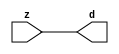

//------> ./rtl_mgc_ioport.v 
//------------------------------------------------------------------
//                M G C _ I O P O R T _ C O M P S
//------------------------------------------------------------------

//------------------------------------------------------------------
//                       M O D U L E S
//------------------------------------------------------------------

//------------------------------------------------------------------
//-- INPUT ENTITIES
//------------------------------------------------------------------

module mgc_in_wire (d, z);

  parameter integer rscid = 1;
  parameter integer width = 8;

  output [width-1:0] d;
  input  [width-1:0] z;

  wire   [width-1:0] d;

  assign d = z;

endmodule

//------------------------------------------------------------------

module mgc_in_wire_en (ld, d, lz, z);

  parameter integer rscid = 1;
  parameter integer width = 8;

  input              ld;
  output [width-1:0] d;
  output             lz;
  input  [width-1:0] z;

  wire   [width-1:0] d;
  wire               lz;

  assign d = z;
  assign lz = ld;

endmodule

//------------------------------------------------------------------

module mgc_in_wire_wait (ld, vd, d, lz, vz, z);

  parameter integer rscid = 1;
  parameter integer width = 8;

  input              ld;
  output             vd;
  output [width-1:0] d;
  output             lz;
  input              vz;
  input  [width-1:0] z;

  wire               vd;
  wire   [width-1:0] d;
  wire               lz;

  assign d = z;
  assign lz = ld;
  assign vd = vz;

endmodule
//------------------------------------------------------------------

module mgc_chan_in (ld, vd, d, lz, vz, z, size, req_size, sizez, sizelz);

  parameter integer rscid = 1;
  parameter integer width = 8;
  parameter integer sz_width = 8;

  input              ld;
  output             vd;
  output [width-1:0] d;
  output             lz;
  input              vz;
  input  [width-1:0] z;
  output [sz_width-1:0] size;
  input              req_size;
  input  [sz_width-1:0] sizez;
  output             sizelz;


  wire               vd;
  wire   [width-1:0] d;
  wire               lz;
  wire   [sz_width-1:0] size;
  wire               sizelz;

  assign d = z;
  assign lz = ld;
  assign vd = vz;
  assign size = sizez;
  assign sizelz = req_size;

endmodule


//------------------------------------------------------------------
//-- OUTPUT ENTITIES
//------------------------------------------------------------------

module mgc_out_stdreg (d, z);

  parameter integer rscid = 1;
  parameter integer width = 8;

  input    [width-1:0] d;
  output   [width-1:0] z;

  wire     [width-1:0] z;

  assign z = d;

endmodule

//------------------------------------------------------------------

module mgc_out_stdreg_en (ld, d, lz, z);

  parameter integer rscid = 1;
  parameter integer width = 8;

  input              ld;
  input  [width-1:0] d;
  output             lz;
  output [width-1:0] z;

  wire               lz;
  wire   [width-1:0] z;

  assign z = d;
  assign lz = ld;

endmodule

//------------------------------------------------------------------

module mgc_out_stdreg_wait (ld, vd, d, lz, vz, z);

  parameter integer rscid = 1;
  parameter integer width = 8;

  input              ld;
  output             vd;
  input  [width-1:0] d;
  output             lz;
  input              vz;
  output [width-1:0] z;

  wire               vd;
  wire               lz;
  wire   [width-1:0] z;

  assign z = d;
  assign lz = ld;
  assign vd = vz;

endmodule

//------------------------------------------------------------------

module mgc_out_prereg_en (ld, d, lz, z);

    parameter integer rscid = 1;
    parameter integer width = 8;

    input              ld;
    input  [width-1:0] d;
    output             lz;
    output [width-1:0] z;

    wire               lz;
    wire   [width-1:0] z;

    assign z = d;
    assign lz = ld;

endmodule

//------------------------------------------------------------------
//-- INOUT ENTITIES
//------------------------------------------------------------------

module mgc_inout_stdreg_en (ldin, din, ldout, dout, lzin, lzout, z);

    parameter integer rscid = 1;
    parameter integer width = 8;

    input              ldin;
    output [width-1:0] din;
    input              ldout;
    input  [width-1:0] dout;
    output             lzin;
    output             lzout;
    inout  [width-1:0] z;

    wire   [width-1:0] din;
    wire               lzin;
    wire               lzout;
    wire   [width-1:0] z;

    assign lzin = ldin;
    assign din = ldin ? z : {width{1'bz}};
    assign lzout = ldout;
    assign z = ldout ? dout : {width{1'bz}};

endmodule

//------------------------------------------------------------------
module hid_tribuf( I_SIG, ENABLE, O_SIG);
  parameter integer width = 8;

  input [width-1:0] I_SIG;
  input ENABLE;
  inout [width-1:0] O_SIG;

  assign O_SIG = (ENABLE) ? I_SIG : { width{1'bz}};

endmodule
//------------------------------------------------------------------

module mgc_inout_stdreg_wait (ldin, vdin, din, ldout, vdout, dout, lzin, vzin, lzout, vzout, z);

    parameter integer rscid = 1;
    parameter integer width = 8;

    input              ldin;
    output             vdin;
    output [width-1:0] din;
    input              ldout;
    output             vdout;
    input  [width-1:0] dout;
    output             lzin;
    input              vzin;
    output             lzout;
    input              vzout;
    inout  [width-1:0] z;

    wire               vdin;
    wire   [width-1:0] din;
    wire               vdout;
    wire               lzin;
    wire               lzout;
    wire   [width-1:0] z;
    wire   ldout_and_vzout;

    assign lzin = ldin;
    assign vdin = vzin;
    assign din = ldin ? z : {width{1'bz}};
    assign lzout = ldout;
    assign vdout = vzout ;
    assign ldout_and_vzout = ldout && vzout ;

    hid_tribuf #(width) tb( .I_SIG(dout),
                            .ENABLE(ldout_and_vzout),
                            .O_SIG(z) );

endmodule

//------------------------------------------------------------------

module mgc_inout_buf_wait (clk, en, arst, srst, ldin, vdin, din, ldout, vdout, dout, lzin, vzin, lzout, vzout, z);

    parameter integer rscid   = 0; // resource ID
    parameter integer width   = 8; // fifo width
    parameter         ph_clk  =  1'b1; // clock polarity 1=rising edge, 0=falling edge
    parameter         ph_en   =  1'b1; // clock enable polarity
    parameter         ph_arst =  1'b1; // async reset polarity
    parameter         ph_srst =  1'b1; // sync reset polarity

    input              clk;
    input              en;
    input              arst;
    input              srst;
    input              ldin;
    output             vdin;
    output [width-1:0] din;
    input              ldout;
    output             vdout;
    input  [width-1:0] dout;
    output             lzin;
    input              vzin;
    output             lzout;
    input              vzout;
    inout  [width-1:0] z;

    wire               lzout_buf;
    wire               vzout_buf;
    wire   [width-1:0] z_buf;
    wire               vdin;
    wire   [width-1:0] din;
    wire               vdout;
    wire               lzin;
    wire               lzout;
    wire   [width-1:0] z;

    assign lzin = ldin;
    assign vdin = vzin;
    assign din = ldin ? z : {width{1'bz}};
    assign lzout = lzout_buf & ~ldin;
    assign vzout_buf = vzout & ~ldin;
    hid_tribuf #(width) tb( .I_SIG(z_buf),
                            .ENABLE((lzout_buf && (!ldin) && vzout) ),
                            .O_SIG(z)  );

    mgc_out_buf_wait
    #(
        .rscid   (rscid),
        .width   (width),
        .ph_clk  (ph_clk),
        .ph_en   (ph_en),
        .ph_arst (ph_arst),
        .ph_srst (ph_srst)
    )
    BUFF
    (
        .clk     (clk),
        .en      (en),
        .arst    (arst),
        .srst    (srst),
        .ld      (ldout),
        .vd      (vdout),
        .d       (dout),
        .lz      (lzout_buf),
        .vz      (vzout_buf),
        .z       (z_buf)
    );


endmodule

module mgc_inout_fifo_wait (clk, en, arst, srst, ldin, vdin, din, ldout, vdout, dout, lzin, vzin, lzout, vzout, z);

    parameter integer rscid   = 0; // resource ID
    parameter integer width   = 8; // fifo width
    parameter integer fifo_sz = 8; // fifo depth
    parameter         ph_clk  = 1'b1;  // clock polarity 1=rising edge, 0=falling edge
    parameter         ph_en   = 1'b1;  // clock enable polarity
    parameter         ph_arst = 1'b1;  // async reset polarity
    parameter         ph_srst = 1'b1;  // sync reset polarity
    parameter integer ph_log2 = 3;     // log2(fifo_sz)
    parameter integer pwropt  = 0;     // pwropt

    input              clk;
    input              en;
    input              arst;
    input              srst;
    input              ldin;
    output             vdin;
    output [width-1:0] din;
    input              ldout;
    output             vdout;
    input  [width-1:0] dout;
    output             lzin;
    input              vzin;
    output             lzout;
    input              vzout;
    inout  [width-1:0] z;

    wire               lzout_buf;
    wire               vzout_buf;
    wire   [width-1:0] z_buf;
    wire               comb;
    wire               vdin;
    wire   [width-1:0] din;
    wire               vdout;
    wire               lzin;
    wire               lzout;
    wire   [width-1:0] z;

    assign lzin = ldin;
    assign vdin = vzin;
    assign din = ldin ? z : {width{1'bz}};
    assign lzout = lzout_buf & ~ldin;
    assign vzout_buf = vzout & ~ldin;
    assign comb = (lzout_buf && (!ldin) && vzout);

    hid_tribuf #(width) tb2( .I_SIG(z_buf), .ENABLE(comb), .O_SIG(z)  );

    mgc_out_fifo_wait
    #(
        .rscid   (rscid),
        .width   (width),
        .fifo_sz (fifo_sz),
        .ph_clk  (ph_clk),
        .ph_en   (ph_en),
        .ph_arst (ph_arst),
        .ph_srst (ph_srst),
        .ph_log2 (ph_log2),
        .pwropt  (pwropt)
    )
    FIFO
    (
        .clk   (clk),
        .en      (en),
        .arst    (arst),
        .srst    (srst),
        .ld      (ldout),
        .vd      (vdout),
        .d       (dout),
        .lz      (lzout_buf),
        .vz      (vzout_buf),
        .z       (z_buf)
    );

endmodule

//------------------------------------------------------------------
//-- I/O SYNCHRONIZATION ENTITIES
//------------------------------------------------------------------

module mgc_io_sync (ld, lz);

    input  ld;
    output lz;

    assign lz = ld;

endmodule

module mgc_bsync_rdy (rd, rz);

    parameter integer rscid   = 0; // resource ID
    parameter ready = 1;
    parameter valid = 0;

    input  rd;
    output rz;

    wire   rz;

    assign rz = rd;

endmodule

module mgc_bsync_vld (vd, vz);

    parameter integer rscid   = 0; // resource ID
    parameter ready = 0;
    parameter valid = 1;

    output vd;
    input  vz;

    wire   vd;

    assign vd = vz;

endmodule

module mgc_bsync_rv (rd, vd, rz, vz);

    parameter integer rscid   = 0; // resource ID
    parameter ready = 1;
    parameter valid = 1;

    input  rd;
    output vd;
    output rz;
    input  vz;

    wire   vd;
    wire   rz;

    assign rz = rd;
    assign vd = vz;

endmodule

//------------------------------------------------------------------

module mgc_sync (ldin, vdin, ldout, vdout);

  input  ldin;
  output vdin;
  input  ldout;
  output vdout;

  wire   vdin;
  wire   vdout;

  assign vdin = ldout;
  assign vdout = ldin;

endmodule

///////////////////////////////////////////////////////////////////////////////
// dummy function used to preserve funccalls for modulario
// it looks like a memory read to the caller
///////////////////////////////////////////////////////////////////////////////
module funccall_inout (d, ad, bd, z, az, bz);

  parameter integer ram_id = 1;
  parameter integer width = 8;
  parameter integer addr_width = 8;

  output [width-1:0]       d;
  input  [addr_width-1:0]  ad;
  input                    bd;
  input  [width-1:0]       z;
  output [addr_width-1:0]  az;
  output                   bz;

  wire   [width-1:0]       d;
  wire   [addr_width-1:0]  az;
  wire                     bz;

  assign d  = z;
  assign az = ad;
  assign bz = bd;

endmodule


///////////////////////////////////////////////////////////////////////////////
// inlinable modular io not otherwise found in mgc_ioport
///////////////////////////////////////////////////////////////////////////////

module modulario_en_in (vd, d, vz, z);

  parameter integer rscid = 1;
  parameter integer width = 8;

  output             vd;
  output [width-1:0] d;
  input              vz;
  input  [width-1:0] z;

  wire   [width-1:0] d;
  wire               vd;

  assign d = z;
  assign vd = vz;

endmodule

//------> ./rtl_mgc_ioport_v2001.v 
//------------------------------------------------------------------

module mgc_out_reg_pos (clk, en, arst, srst, ld, d, lz, z);

    parameter integer rscid   = 1;
    parameter integer width   = 8;
    parameter         ph_en   =  1'b1;
    parameter         ph_arst =  1'b1;
    parameter         ph_srst =  1'b1;

    input              clk;
    input              en;
    input              arst;
    input              srst;
    input              ld;
    input  [width-1:0] d;
    output             lz;
    output [width-1:0] z;

    reg                lz;
    reg    [width-1:0] z;

    generate
    if (ph_arst == 1'b0)
    begin: NEG_ARST
        always @(posedge clk or negedge arst)
        if (arst == 1'b0)
        begin: B1
            lz <= 1'b0;
            z  <= {width{1'b0}};
        end
        else if (srst == ph_srst)
        begin: B2
            lz <= 1'b0;
            z  <= {width{1'b0}};
        end
        else if (en == ph_en)
        begin: B3
            lz <= ld;
            z  <= (ld) ? d : z;
        end
    end
    else
    begin: POS_ARST
        always @(posedge clk or posedge arst)
        if (arst == 1'b1)
        begin: B1
            lz <= 1'b0;
            z  <= {width{1'b0}};
        end
        else if (srst == ph_srst)
        begin: B2
            lz <= 1'b0;
            z  <= {width{1'b0}};
        end
        else if (en == ph_en)
        begin: B3
            lz <= ld;
            z  <= (ld) ? d : z;
        end
    end
    endgenerate

endmodule

//------------------------------------------------------------------

module mgc_out_reg_neg (clk, en, arst, srst, ld, d, lz, z);

    parameter integer rscid   = 1;
    parameter integer width   = 8;
    parameter         ph_en   =  1'b1;
    parameter         ph_arst =  1'b1;
    parameter         ph_srst =  1'b1;

    input              clk;
    input              en;
    input              arst;
    input              srst;
    input              ld;
    input  [width-1:0] d;
    output             lz;
    output [width-1:0] z;

    reg                lz;
    reg    [width-1:0] z;

    generate
    if (ph_arst == 1'b0)
    begin: NEG_ARST
        always @(negedge clk or negedge arst)
        if (arst == 1'b0)
        begin: B1
            lz <= 1'b0;
            z  <= {width{1'b0}};
        end
        else if (srst == ph_srst)
        begin: B2
            lz <= 1'b0;
            z  <= {width{1'b0}};
        end
        else if (en == ph_en)
        begin: B3
            lz <= ld;
            z  <= (ld) ? d : z;
        end
    end
    else
    begin: POS_ARST
        always @(negedge clk or posedge arst)
        if (arst == 1'b1)
        begin: B1
            lz <= 1'b0;
            z  <= {width{1'b0}};
        end
        else if (srst == ph_srst)
        begin: B2
            lz <= 1'b0;
            z  <= {width{1'b0}};
        end
        else if (en == ph_en)
        begin: B3
            lz <= ld;
            z  <= (ld) ? d : z;
        end
    end
    endgenerate

endmodule

//------------------------------------------------------------------

module mgc_out_reg (clk, en, arst, srst, ld, d, lz, z); // Not Supported

    parameter integer rscid   = 1;
    parameter integer width   = 8;
    parameter         ph_clk  =  1'b1;
    parameter         ph_en   =  1'b1;
    parameter         ph_arst =  1'b1;
    parameter         ph_srst =  1'b1;

    input              clk;
    input              en;
    input              arst;
    input              srst;
    input              ld;
    input  [width-1:0] d;
    output             lz;
    output [width-1:0] z;


    generate
    if (ph_clk == 1'b0)
    begin: NEG_EDGE

        mgc_out_reg_neg
        #(
            .rscid   (rscid),
            .width   (width),
            .ph_en   (ph_en),
            .ph_arst (ph_arst),
            .ph_srst (ph_srst)
        )
        mgc_out_reg_neg_inst
        (
            .clk     (clk),
            .en      (en),
            .arst    (arst),
            .srst    (srst),
            .ld      (ld),
            .d       (d),
            .lz      (lz),
            .z       (z)
        );

    end
    else
    begin: POS_EDGE

        mgc_out_reg_pos
        #(
            .rscid   (rscid),
            .width   (width),
            .ph_en   (ph_en),
            .ph_arst (ph_arst),
            .ph_srst (ph_srst)
        )
        mgc_out_reg_pos_inst
        (
            .clk     (clk),
            .en      (en),
            .arst    (arst),
            .srst    (srst),
            .ld      (ld),
            .d       (d),
            .lz      (lz),
            .z       (z)
        );

    end
    endgenerate

endmodule




//------------------------------------------------------------------

module mgc_out_buf_wait (clk, en, arst, srst, ld, vd, d, vz, lz, z); // Not supported

    parameter integer rscid   = 1;
    parameter integer width   = 8;
    parameter         ph_clk  =  1'b1;
    parameter         ph_en   =  1'b1;
    parameter         ph_arst =  1'b1;
    parameter         ph_srst =  1'b1;

    input              clk;
    input              en;
    input              arst;
    input              srst;
    input              ld;
    output             vd;
    input  [width-1:0] d;
    output             lz;
    input              vz;
    output [width-1:0] z;

    wire               filled;
    wire               filled_next;
    wire   [width-1:0] abuf;
    wire               lbuf;


    assign filled_next = (filled & (~vz)) | (filled & ld) | (ld & (~vz));

    assign lbuf = ld & ~(filled ^ vz);

    assign vd = vz | ~filled;

    assign lz = ld | filled;

    assign z = (filled) ? abuf : d;

    wire dummy;
    wire dummy_bufreg_lz;

    // Output registers:
    mgc_out_reg
    #(
        .rscid   (rscid),
        .width   (1'b1),
        .ph_clk  (ph_clk),
        .ph_en   (ph_en),
        .ph_arst (ph_arst),
        .ph_srst (ph_srst)
    )
    STATREG
    (
        .clk     (clk),
        .en      (en),
        .arst    (arst),
        .srst    (srst),
        .ld      (filled_next),
        .d       (1'b0),       // input d is unused
        .lz      (filled),
        .z       (dummy)            // output z is unused
    );

    mgc_out_reg
    #(
        .rscid   (rscid),
        .width   (width),
        .ph_clk  (ph_clk),
        .ph_en   (ph_en),
        .ph_arst (ph_arst),
        .ph_srst (ph_srst)
    )
    BUFREG
    (
        .clk     (clk),
        .en      (en),
        .arst    (arst),
        .srst    (srst),
        .ld      (lbuf),
        .d       (d),
        .lz      (dummy_bufreg_lz),
        .z       (abuf)
    );

endmodule

//------------------------------------------------------------------

module mgc_out_fifo_wait (clk, en, arst, srst, ld, vd, d, lz, vz,  z);

    parameter integer rscid   = 0; // resource ID
    parameter integer width   = 8; // fifo width
    parameter integer fifo_sz = 8; // fifo depth
    parameter         ph_clk  = 1'b1; // clock polarity 1=rising edge, 0=falling edge
    parameter         ph_en   = 1'b1; // clock enable polarity
    parameter         ph_arst = 1'b1; // async reset polarity
    parameter         ph_srst = 1'b1; // sync reset polarity
    parameter integer ph_log2 = 3; // log2(fifo_sz)
    parameter integer pwropt  = 0; // pwropt


    input                 clk;
    input                 en;
    input                 arst;
    input                 srst;
    input                 ld;    // load data
    output                vd;    // fifo full active low
    input     [width-1:0] d;
    output                lz;    // fifo ready to send
    input                 vz;    // dest ready for data
    output    [width-1:0] z;

    wire    [31:0]      size;


      // Output registers:
 mgc_out_fifo_wait_core#(
        .rscid   (rscid),
        .width   (width),
        .sz_width (32),
        .fifo_sz (fifo_sz),
        .ph_clk  (ph_clk),
        .ph_en   (ph_en),
        .ph_arst (ph_arst),
        .ph_srst (ph_srst),
        .ph_log2 (ph_log2),
        .pwropt  (pwropt)
        ) CORE (
        .clk (clk),
        .en (en),
        .arst (arst),
        .srst (srst),
        .ld (ld),
        .vd (vd),
        .d (d),
        .lz (lz),
        .vz (vz),
        .z (z),
        .size (size)
        );

endmodule



module mgc_out_fifo_wait_core (clk, en, arst, srst, ld, vd, d, lz, vz,  z, size);

    parameter integer rscid   = 0; // resource ID
    parameter integer width   = 8; // fifo width
    parameter integer sz_width = 8; // size of port for elements in fifo
    parameter integer fifo_sz = 8; // fifo depth
    parameter         ph_clk  =  1'b1; // clock polarity 1=rising edge, 0=falling edge
    parameter         ph_en   =  1'b1; // clock enable polarity
    parameter         ph_arst =  1'b1; // async reset polarity
    parameter         ph_srst =  1'b1; // sync reset polarity
    parameter integer ph_log2 = 3; // log2(fifo_sz)
    parameter integer pwropt  = 0; // pwropt

   localparam integer  fifo_b = width * fifo_sz;

    input                 clk;
    input                 en;
    input                 arst;
    input                 srst;
    input                 ld;    // load data
    output                vd;    // fifo full active low
    input     [width-1:0] d;
    output                lz;    // fifo ready to send
    input                 vz;    // dest ready for data
    output    [width-1:0] z;
    output    [sz_width-1:0]      size;

    reg      [( (fifo_sz > 0) ? fifo_sz : 1)-1:0] stat_pre;
    wire     [( (fifo_sz > 0) ? fifo_sz : 1)-1:0] stat;
    reg      [( (fifo_b > 0) ? fifo_b : 1)-1:0] buff_pre;
    wire     [( (fifo_b > 0) ? fifo_b : 1)-1:0] buff;
    reg      [( (fifo_sz > 0) ? fifo_sz : 1)-1:0] en_l;
    reg      [(((fifo_sz > 0) ? fifo_sz : 1)-1)/8:0] en_l_s;

    reg       [width-1:0] buff_nxt;

    reg                   stat_nxt;
    reg                   stat_before;
    reg                   stat_after;
    reg                   en_l_var;

    integer               i;
    genvar                eni;

    wire [32:0]           size_t;
    reg [31:0]            count;
    reg [31:0]            count_t;
    reg [32:0]            n_elem;
// pragma translate_off
    reg [31:0]            peak;
// pragma translate_on

    wire [( (fifo_sz > 0) ? fifo_sz : 1)-1:0] dummy_statreg_lz;
    wire [( (fifo_b > 0) ? fifo_b : 1)-1:0] dummy_bufreg_lz;

    generate
    if ( fifo_sz > 0 )
    begin: FIFO_REG
      assign vd = vz | ~stat[0];
      assign lz = ld | stat[fifo_sz-1];
      assign size_t = (count - (vz && stat[fifo_sz-1])) + ld;
      assign size = size_t[sz_width-1:0];
      assign z = (stat[fifo_sz-1]) ? buff[fifo_b-1:width*(fifo_sz-1)] : d;

      always @(*)
      begin: FIFOPROC
        n_elem = 33'b0;
        for (i = fifo_sz-1; i >= 0; i = i - 1)
        begin
          if (i != 0)
            stat_before = stat[i-1];
          else
            stat_before = 1'b0;

          if (i != (fifo_sz-1))
            stat_after = stat[i+1];
          else
            stat_after = 1'b1;

          stat_nxt = stat_after &
                    (stat_before | (stat[i] & (~vz)) | (stat[i] & ld) | (ld & (~vz)));

          stat_pre[i] = stat_nxt;
          en_l_var = 1'b1;
          if (!stat_nxt)
            begin
              buff_nxt = {width{1'b0}};
              en_l_var = 1'b0;
            end
          else if (vz && stat_before)
            buff_nxt[0+:width] = buff[width*(i-1)+:width];
          else if (ld && !((vz && stat_before) || ((!vz) && stat[i])))
            buff_nxt = d;
          else
            begin
              if (pwropt == 0)
                buff_nxt[0+:width] = buff[width*i+:width];
              else
                buff_nxt = {width{1'b0}};
              en_l_var = 1'b0;
            end

          if (ph_en != 0)
            en_l[i] = en & en_l_var;
          else
            en_l[i] = en | ~en_l_var;

          buff_pre[width*i+:width] = buff_nxt[0+:width];

          if ((stat_after == 1'b1) && (stat[i] == 1'b0))
            n_elem = ($unsigned(fifo_sz) - 1) - i;
        end

        if (ph_en != 0)
          en_l_s[(((fifo_sz > 0) ? fifo_sz : 1)-1)/8] = 1'b1;
        else
          en_l_s[(((fifo_sz > 0) ? fifo_sz : 1)-1)/8] = 1'b0;

        for (i = fifo_sz-1; i >= 7; i = i - 1)
        begin
          if ((i%'d2) == 0)
          begin
            if (ph_en != 0)
              en_l_s[(i/8)-1] = en & (stat[i]|stat_pre[i-1]);
            else
              en_l_s[(i/8)-1] = en | ~(stat[i]|stat_pre[i-1]);
          end
        end

        if ( stat[fifo_sz-1] == 1'b0 )
          count_t = 32'b0;
        else if ( stat[0] == 1'b1 )
          count_t = { {(32-ph_log2){1'b0}}, fifo_sz};
        else
          count_t = n_elem[31:0];
        count = count_t;
// pragma translate_off
        if ( peak < count )
          peak = count;
// pragma translate_on
      end

      if (pwropt == 0)
      begin: NOCGFIFO
        // Output registers:
        mgc_out_reg
        #(
            .rscid   (rscid),
            .width   (fifo_sz),
            .ph_clk  (ph_clk),
            .ph_en   (ph_en),
            .ph_arst (ph_arst),
            .ph_srst (ph_srst)
        )
        STATREG
        (
            .clk     (clk),
            .en      (en),
            .arst    (arst),
            .srst    (srst),
            .ld      (1'b1),
            .d       (stat_pre),
            .lz      (dummy_statreg_lz[0]),
            .z       (stat)
        );
        mgc_out_reg
        #(
            .rscid   (rscid),
            .width   (fifo_b),
            .ph_clk  (ph_clk),
            .ph_en   (ph_en),
            .ph_arst (ph_arst),
            .ph_srst (ph_srst)
        )
        BUFREG
        (
            .clk     (clk),
            .en      (en),
            .arst    (arst),
            .srst    (srst),
            .ld      (1'b1),
            .d       (buff_pre),
            .lz      (dummy_bufreg_lz[0]),
            .z       (buff)
        );
      end
      else
      begin: CGFIFO
        // Output registers:
        if ( pwropt > 1)
        begin: CGSTATFIFO2
          for (eni = fifo_sz-1; eni >= 0; eni = eni - 1)
          begin: pwroptGEN1
            mgc_out_reg
            #(
              .rscid   (rscid),
              .width   (1),
              .ph_clk  (ph_clk),
              .ph_en   (ph_en),
              .ph_arst (ph_arst),
              .ph_srst (ph_srst)
            )
            STATREG
            (
              .clk     (clk),
              .en      (en_l_s[eni/8]),
              .arst    (arst),
              .srst    (srst),
              .ld      (1'b1),
              .d       (stat_pre[eni]),
              .lz      (dummy_statreg_lz[eni]),
              .z       (stat[eni])
            );
          end
        end
        else
        begin: CGSTATFIFO
          mgc_out_reg
          #(
            .rscid   (rscid),
            .width   (fifo_sz),
            .ph_clk  (ph_clk),
            .ph_en   (ph_en),
            .ph_arst (ph_arst),
            .ph_srst (ph_srst)
          )
          STATREG
          (
            .clk     (clk),
            .en      (en),
            .arst    (arst),
            .srst    (srst),
            .ld      (1'b1),
            .d       (stat_pre),
            .lz      (dummy_statreg_lz[0]),
            .z       (stat)
          );
        end
        for (eni = fifo_sz-1; eni >= 0; eni = eni - 1)
        begin: pwroptGEN2
          mgc_out_reg
          #(
            .rscid   (rscid),
            .width   (width),
            .ph_clk  (ph_clk),
            .ph_en   (ph_en),
            .ph_arst (ph_arst),
            .ph_srst (ph_srst)
          )
          BUFREG
          (
            .clk     (clk),
            .en      (en_l[eni]),
            .arst    (arst),
            .srst    (srst),
            .ld      (1'b1),
            .d       (buff_pre[width*eni+:width]),
            .lz      (dummy_bufreg_lz[eni]),
            .z       (buff[width*eni+:width])
          );
        end
      end
    end
    else
    begin: FEED_THRU
      assign vd = vz;
      assign lz = ld;
      assign z = d;
      assign size = ld && !vz;
    end
    endgenerate

endmodule

//------------------------------------------------------------------
//-- PIPE ENTITIES
//------------------------------------------------------------------
/*
 *
 *             _______________________________________________
 * WRITER    |                                               |          READER
 *           |           MGC_PIPE                            |
 *           |           __________________________          |
 *        --<| vdout  --<| vd ---------------  vz<|-----ldin<|---
 *           |           |      FIFO              |          |
 *        ---|>ldout  ---|>ld ---------------- lz |> ---vdin |>--
 *        ---|>dout -----|>d  ---------------- dz |> ----din |>--
 *           |           |________________________|          |
 *           |_______________________________________________|
 */
// two clock pipe
module mgc_pipe (clk, en, arst, srst, ldin, vdin, din, ldout, vdout, dout, size, req_size);

    parameter integer rscid   = 0; // resource ID
    parameter integer width   = 8; // fifo width
    parameter integer sz_width = 8; // width of size of elements in fifo
    parameter integer fifo_sz = 8; // fifo depth
    parameter integer log2_sz = 3; // log2(fifo_sz)
    parameter         ph_clk  = 1'b1;  // clock polarity 1=rising edge, 0=falling edge
    parameter         ph_en   = 1'b1;  // clock enable polarity
    parameter         ph_arst = 1'b1;  // async reset polarity
    parameter         ph_srst = 1'b1;  // sync reset polarity
    parameter integer pwropt  = 0; // pwropt

    input              clk;
    input              en;
    input              arst;
    input              srst;
    input              ldin;
    output             vdin;
    output [width-1:0] din;
    input              ldout;
    output             vdout;
    input  [width-1:0] dout;
    output [sz_width-1:0]      size;
    input              req_size;


    mgc_out_fifo_wait_core
    #(
        .rscid    (rscid),
        .width    (width),
        .sz_width (sz_width),
        .fifo_sz  (fifo_sz),
        .ph_clk   (ph_clk),
        .ph_en    (ph_en),
        .ph_arst  (ph_arst),
        .ph_srst  (ph_srst),
        .ph_log2  (log2_sz),
        .pwropt   (pwropt)
    )
    FIFO
    (
        .clk     (clk),
        .en      (en),
        .arst    (arst),
        .srst    (srst),
        .ld      (ldout),
        .vd      (vdout),
        .d       (dout),
        .lz      (vdin),
        .vz      (ldin),
        .z       (din),
        .size    (size)
    );

endmodule


//------> ./rtl.v 
// ----------------------------------------------------------------------
//  HLS HDL:        Verilog Netlister
//  HLS Version:    2011a.126 Production Release
//  HLS Date:       Wed Aug  8 00:52:07 PDT 2012
// 
//  Generated by:   al3515@EEWS104A-014
//  Generated date: Fri May 06 15:25:40 2016
// ----------------------------------------------------------------------

// 
// ------------------------------------------------------------------
//  Design Unit:    MemoryTester_core_fsm
//  FSM Module
// ------------------------------------------------------------------


module MemoryTester_core_fsm (
  clk, rst, fsm_output, st_if_for_for_1_tr0, st_if_for_tr0
);
  input clk;
  input rst;
  output [4:0] fsm_output;
  reg [4:0] fsm_output;
  input st_if_for_for_1_tr0;
  input st_if_for_tr0;


  // FSM State Type Declaration for MemoryTester_core_fsm_1
  parameter
    st_main = 3'd0,
    st_main_1 = 3'd1,
    st_if_for_for = 3'd2,
    st_if_for_for_1 = 3'd3,
    st_if_for = 3'd4,
    state_x = 3'b000;

  reg [2:0] state_var;
  reg [2:0] state_var_NS;


  // Interconnect Declarations for Component Instantiations 
  always @(*)
  begin : MemoryTester_core_fsm_1
    case (state_var)
      st_main : begin
        fsm_output = 5'b1;
        state_var_NS = st_main_1;
      end
      st_main_1 : begin
        fsm_output = 5'b10;
        state_var_NS = st_if_for_for;
      end
      st_if_for_for : begin
        fsm_output = 5'b100;
        state_var_NS = st_if_for_for_1;
      end
      st_if_for_for_1 : begin
        fsm_output = 5'b1000;
        if ( st_if_for_for_1_tr0 ) begin
          state_var_NS = st_if_for;
        end
        else begin
          state_var_NS = st_if_for_for;
        end
      end
      st_if_for : begin
        fsm_output = 5'b10000;
        if ( st_if_for_tr0 ) begin
          state_var_NS = st_main;
        end
        else begin
          state_var_NS = st_if_for_for;
        end
      end
      default : begin
        fsm_output = 5'b00000;
        state_var_NS = st_main;
      end
    endcase
  end

  always @(posedge clk) begin
    if ( rst ) begin
      state_var <= st_main;
    end
    else begin
      state_var <= state_var_NS;
    end
  end

endmodule

// ------------------------------------------------------------------
//  Design Unit:    MemoryTester_core
// ------------------------------------------------------------------


module MemoryTester_core (
  clk, rst, bit_out_rsc_mgc_out_stdreg_d, row_rsc_mgc_out_stdreg_d, col_rsc_mgc_inout_stdreg_en_ldout,
      col_rsc_mgc_inout_stdreg_en_dout
);
  input clk;
  input rst;
  output bit_out_rsc_mgc_out_stdreg_d;
  reg bit_out_rsc_mgc_out_stdreg_d;
  output [5:0] row_rsc_mgc_out_stdreg_d;
  reg [5:0] row_rsc_mgc_out_stdreg_d;
  output col_rsc_mgc_inout_stdreg_en_ldout;
  reg col_rsc_mgc_inout_stdreg_en_ldout;
  output [6:0] col_rsc_mgc_inout_stdreg_en_dout;


  // Interconnect Declarations
  wire [4:0] fsm_output;
  reg [5:0] if_for_i_1_sva;
  reg [6:0] if_for_for_j_1_sva;
  reg [6:0] if_for_for_j_1_sva_1;
  reg if_for_for_slc_itm;
  wire and_9_cse;
  wire and_cse;
  wire [4:0] if_for_acc_itm;
  wire [5:0] nl_if_for_acc_itm;
  wire [6:0] if_for_for_j_1_sva_2;
  wire [7:0] nl_if_for_for_j_1_sva_2;
  wire [5:0] if_for_i_1_sva_1;
  wire [6:0] nl_if_for_i_1_sva_1;
  wire nor_cse;


  // Interconnect Declarations for Component Instantiations 
  wire [0:0] nl_MemoryTester_core_fsm_inst_st_if_for_for_1_tr0;
  assign nl_MemoryTester_core_fsm_inst_st_if_for_for_1_tr0 = ~ if_for_for_slc_itm;
  wire [0:0] nl_MemoryTester_core_fsm_inst_st_if_for_tr0;
  assign nl_MemoryTester_core_fsm_inst_st_if_for_tr0 = ~ (if_for_acc_itm[4]);
  MemoryTester_core_fsm MemoryTester_core_fsm_inst (
      .clk(clk),
      .rst(rst),
      .fsm_output(fsm_output),
      .st_if_for_for_1_tr0(nl_MemoryTester_core_fsm_inst_st_if_for_for_1_tr0),
      .st_if_for_tr0(nl_MemoryTester_core_fsm_inst_st_if_for_tr0)
    );
  assign nor_cse = ~((fsm_output[4]) | (fsm_output[1]));
  assign col_rsc_mgc_inout_stdreg_en_dout = {1'b0, if_for_i_1_sva};
  assign and_9_cse = (if_for_acc_itm[4]) & (fsm_output[4]);
  assign and_cse = if_for_for_slc_itm & (fsm_output[3]);
  assign nl_if_for_for_j_1_sva_2 = if_for_for_j_1_sva + 7'b1;
  assign if_for_for_j_1_sva_2 = nl_if_for_for_j_1_sva_2[6:0];
  assign nl_if_for_i_1_sva_1 = if_for_i_1_sva + 6'b1;
  assign if_for_i_1_sva_1 = nl_if_for_i_1_sva_1[5:0];
  assign nl_if_for_acc_itm = ({1'b1 , (if_for_i_1_sva_1[5:2])}) + 5'b1;
  assign if_for_acc_itm = nl_if_for_acc_itm[4:0];
  always @(posedge clk) begin
    if ( rst ) begin
      if_for_i_1_sva <= 6'b0;
      bit_out_rsc_mgc_out_stdreg_d <= 1'b0;
      col_rsc_mgc_inout_stdreg_en_ldout <= 1'b0;
      row_rsc_mgc_out_stdreg_d <= 6'b0;
      if_for_for_j_1_sva <= 7'b0;
      if_for_for_slc_itm <= 1'b0;
      if_for_for_j_1_sva_1 <= 7'b0;
    end
    else begin
      if_for_i_1_sva <= (MUX_v_6_2_2({if_for_i_1_sva_1 , if_for_i_1_sva}, nor_cse))
          & (signext_6_1(~ (fsm_output[1])));
      bit_out_rsc_mgc_out_stdreg_d <= MUX_s_1_2_2({bit_out_rsc_mgc_out_stdreg_d ,
          ((if_for_i_1_sva[2]) | (if_for_i_1_sva[1]) | (if_for_i_1_sva[0]))}, fsm_output[2]);
      col_rsc_mgc_inout_stdreg_en_ldout <= and_cse | and_9_cse | (fsm_output[1]);
      row_rsc_mgc_out_stdreg_d <= (MUX1HOT_v_6_3_2({if_for_i_1_sva , if_for_i_1_sva_1
          , row_rsc_mgc_out_stdreg_d}, {and_cse , and_9_cse , (~(and_cse | and_9_cse
          | (fsm_output[1])))})) & (signext_6_1(~ (fsm_output[1])));
      if_for_for_j_1_sva <= if_for_for_j_1_sva_1 & ({{6{nor_cse}}, nor_cse});
      if_for_for_slc_itm <= readslicef_4_1_3((conv_u2s_3_4(if_for_for_j_1_sva_2[6:4])
          + 4'b1011));
      if_for_for_j_1_sva_1 <= if_for_for_j_1_sva_2;
    end
  end

  function [5:0] MUX_v_6_2_2;
    input [11:0] inputs;
    input [0:0] sel;
    reg [5:0] result;
  begin
    case (sel)
      1'b0 : begin
        result = inputs[11:6];
      end
      1'b1 : begin
        result = inputs[5:0];
      end
      default : begin
        result = inputs[11:6];
      end
    endcase
    MUX_v_6_2_2 = result;
  end
  endfunction


  function [5:0] signext_6_1;
    input [0:0] vector;
  begin
    signext_6_1= {{5{vector[0]}}, vector};
  end
  endfunction


  function [0:0] MUX_s_1_2_2;
    input [1:0] inputs;
    input [0:0] sel;
    reg [0:0] result;
  begin
    case (sel)
      1'b0 : begin
        result = inputs[1:1];
      end
      1'b1 : begin
        result = inputs[0:0];
      end
      default : begin
        result = inputs[1:1];
      end
    endcase
    MUX_s_1_2_2 = result;
  end
  endfunction


  function [5:0] MUX1HOT_v_6_3_2;
    input [17:0] inputs;
    input [2:0] sel;
    reg [5:0] result;
    integer i;
  begin
    result = inputs[0+:6] & {6{sel[0]}};
    for( i = 1; i < 3; i = i + 1 )
      result = result | (inputs[i*6+:6] & {6{sel[i]}});
    MUX1HOT_v_6_3_2 = result;
  end
  endfunction


  function [0:0] readslicef_4_1_3;
    input [3:0] vector;
    reg [3:0] tmp;
  begin
    tmp = vector >> 3;
    readslicef_4_1_3 = tmp[0:0];
  end
  endfunction


  function signed [3:0] conv_u2s_3_4 ;
    input [2:0]  vector ;
  begin
    conv_u2s_3_4 = {1'b0, vector};
  end
  endfunction

endmodule

// ------------------------------------------------------------------
//  Design Unit:    MemoryTester
//  Generated from file(s):
//    2) $PROJECT_HOME/src/MemoryTester.cpp
// ------------------------------------------------------------------


module MemoryTester (
  bit_out_rsc_z, enabled_rsc_z, row_rsc_z, col_rsc_z, col_rsc_lzout, col_rsc_lzin,
      clk, rst
);
  output bit_out_rsc_z;
  output enabled_rsc_z;
  output [5:0] row_rsc_z;
  inout [6:0] col_rsc_z;
  output col_rsc_lzout;
  output col_rsc_lzin;
  input clk;
  input rst;


  // Interconnect Declarations
  wire bit_out_rsc_mgc_out_stdreg_d;
  wire [5:0] row_rsc_mgc_out_stdreg_d;
  wire [6:0] col_rsc_mgc_inout_stdreg_en_din;
  wire col_rsc_mgc_inout_stdreg_en_ldout;
  wire [6:0] col_rsc_mgc_inout_stdreg_en_dout;


  // Interconnect Declarations for Component Instantiations 
  mgc_out_stdreg #(.rscid(1),
  .width(1)) bit_out_rsc_mgc_out_stdreg (
      .d(bit_out_rsc_mgc_out_stdreg_d),
      .z(bit_out_rsc_z)
    );
  mgc_out_stdreg #(.rscid(2),
  .width(1)) enabled_rsc_mgc_out_stdreg (
      .d(1'b1),
      .z(enabled_rsc_z)
    );
  mgc_out_stdreg #(.rscid(3),
  .width(6)) row_rsc_mgc_out_stdreg (
      .d(row_rsc_mgc_out_stdreg_d),
      .z(row_rsc_z)
    );
  mgc_inout_stdreg_en #(.rscid(4),
  .width(7)) col_rsc_mgc_inout_stdreg_en (
      .ldin(1'b0),
      .din(col_rsc_mgc_inout_stdreg_en_din),
      .ldout(col_rsc_mgc_inout_stdreg_en_ldout),
      .dout(col_rsc_mgc_inout_stdreg_en_dout),
      .lzin(col_rsc_lzin),
      .lzout(col_rsc_lzout),
      .z(col_rsc_z)
    );
  MemoryTester_core MemoryTester_core_inst (
      .clk(clk),
      .rst(rst),
      .bit_out_rsc_mgc_out_stdreg_d(bit_out_rsc_mgc_out_stdreg_d),
      .row_rsc_mgc_out_stdreg_d(row_rsc_mgc_out_stdreg_d),
      .col_rsc_mgc_inout_stdreg_en_ldout(col_rsc_mgc_inout_stdreg_en_ldout),
      .col_rsc_mgc_inout_stdreg_en_dout(col_rsc_mgc_inout_stdreg_en_dout)
    );
endmodule